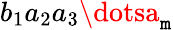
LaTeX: b_{1}a_{2}a_{3}\dotsa_{\mathtt{m}}